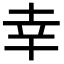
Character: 幸